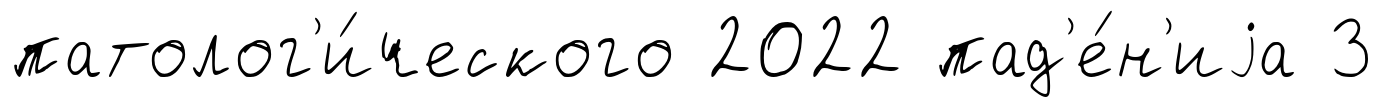
патолог'и́ческого 2022 пад'е́н'иjа 3